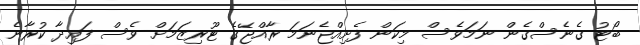
ބޯޓު ގެނެސްގެން ނަމަވެސް މިކަން ފެށިއްޖެނަމަ ރާއްޖޭގެ ޓޫރިޒަމަށް ވެސް ފައިދާ ކުރާނެ